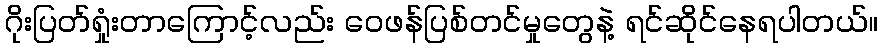
ဂိုးပြတ်ရှုံးတာကြောင့်လည်း ဝေဖန်ပြစ်တင်မှုတွေနဲ့ ရင်ဆိုင်နေရပါတယ်။